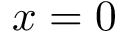
x = 0